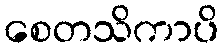
စေတသိကာပိ